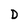
Character: D